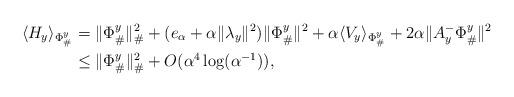
LaTeX: \begin{align*}\langle H_y \rangle_{\Phi_{\#}^y} &= \|\Phi_{\#}^y\|_{\#}^2 + (e_{\alpha}+\alpha\|\lambda_y\|^2) \|\Phi_{\#}^y\|^2 + \alpha \langle V_y\rangle_{\Phi_{\#}^y} + 2 \alpha \|A_y^- \Phi_{\#}^y\|^2 \\&\leq \|\Phi_{\#}^y\|_{\#}^2 + O(\alpha^4 \log(\alpha^{-1})), \end{align*}